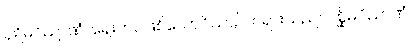
ပုရိမဝိညာဏံ၊ ရှေးဘဝဖြစ်သောဝိညာဉ်တရားသည်။ ပစ္ဆိမဝိညာဏံ၊